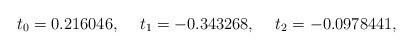
LaTeX: \begin{align*}t_0=0.216046,\hspace{5mm}t_1=-0.343268,\hspace{5mm}t_2=-0.0978441,\end{align*}